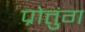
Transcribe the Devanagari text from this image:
प्रोत्तुंग